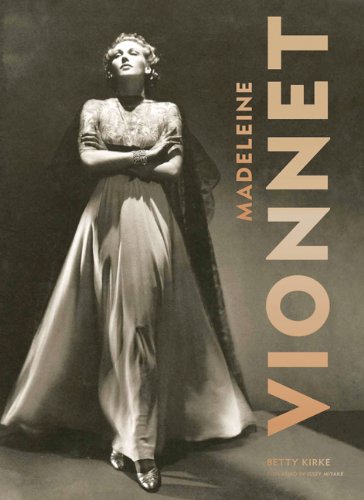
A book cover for Madeleine Vionnet; Betty Kirke; Arts & Photography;